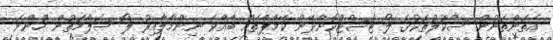
އެތަންތަނުން ސްކޫލުތަކުގެ ލޯ ޓެސްޓްކޮށްދޭން ކޭމްޕްތައް ބާއްވަ ނިންމާލާއިރު ލޯ ސަލާމަތުން ހުންނަ